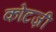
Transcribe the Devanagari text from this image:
कोटज़ी